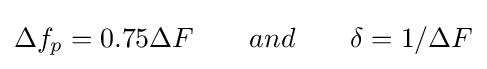
\Delta f_{p}=0.75\Delta F\qquad and\qquad \delta =1/\Delta F